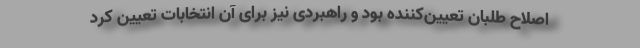
اصلاح طلبان تعیین‌کننده بود و راهبردی نیز برای آن انتخابات تعیین کرد